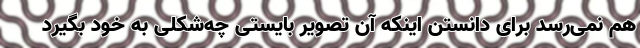
هم نمی‌رسد برای دانستن اینکه آن تصویر بایستی چه‌شکلی به خود بگیرد